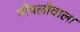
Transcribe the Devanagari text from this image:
पीपलीवाला